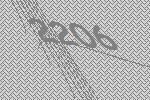
2206